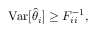
\begin{array} { r } { \mathrm { V a r } [ \hat { \theta } _ { i } ] \geq F _ { i i } ^ { - 1 } , } \end{array}